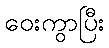
ဝေးကွာပြီး